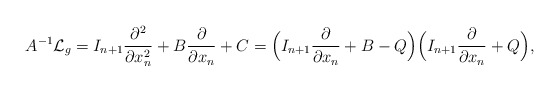
\begin{align*} A^{-1} \mathcal{L}_g = I_{n+1}\frac{\partial^2 }{\partial x_n^2} + B \frac{\partial }{\partial x_n} + C = \Bigl(I_{n+1}\frac{\partial }{\partial x_n} + B - Q\Bigr)\Bigl(I_{n+1}\frac{\partial }{\partial x_n} + Q\Bigr),\end{align*}